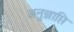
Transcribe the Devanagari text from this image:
अनुज्ञाप्ति